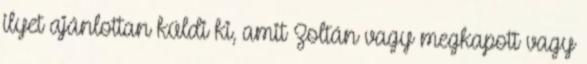
ilyet ajánlottan küldi ki, amit Zoltán vagy megkapott vagy